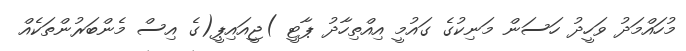
މުހައްމަދު ވަހީދު ހަސަން މަނިކުގެ ގައުމީ އިއްތިހާދު ޕާޓީ )ޖީއައިޕީ(ގެ އިސް މެންބަރުންތަކެއް